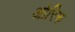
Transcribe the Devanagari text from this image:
ओरिरु